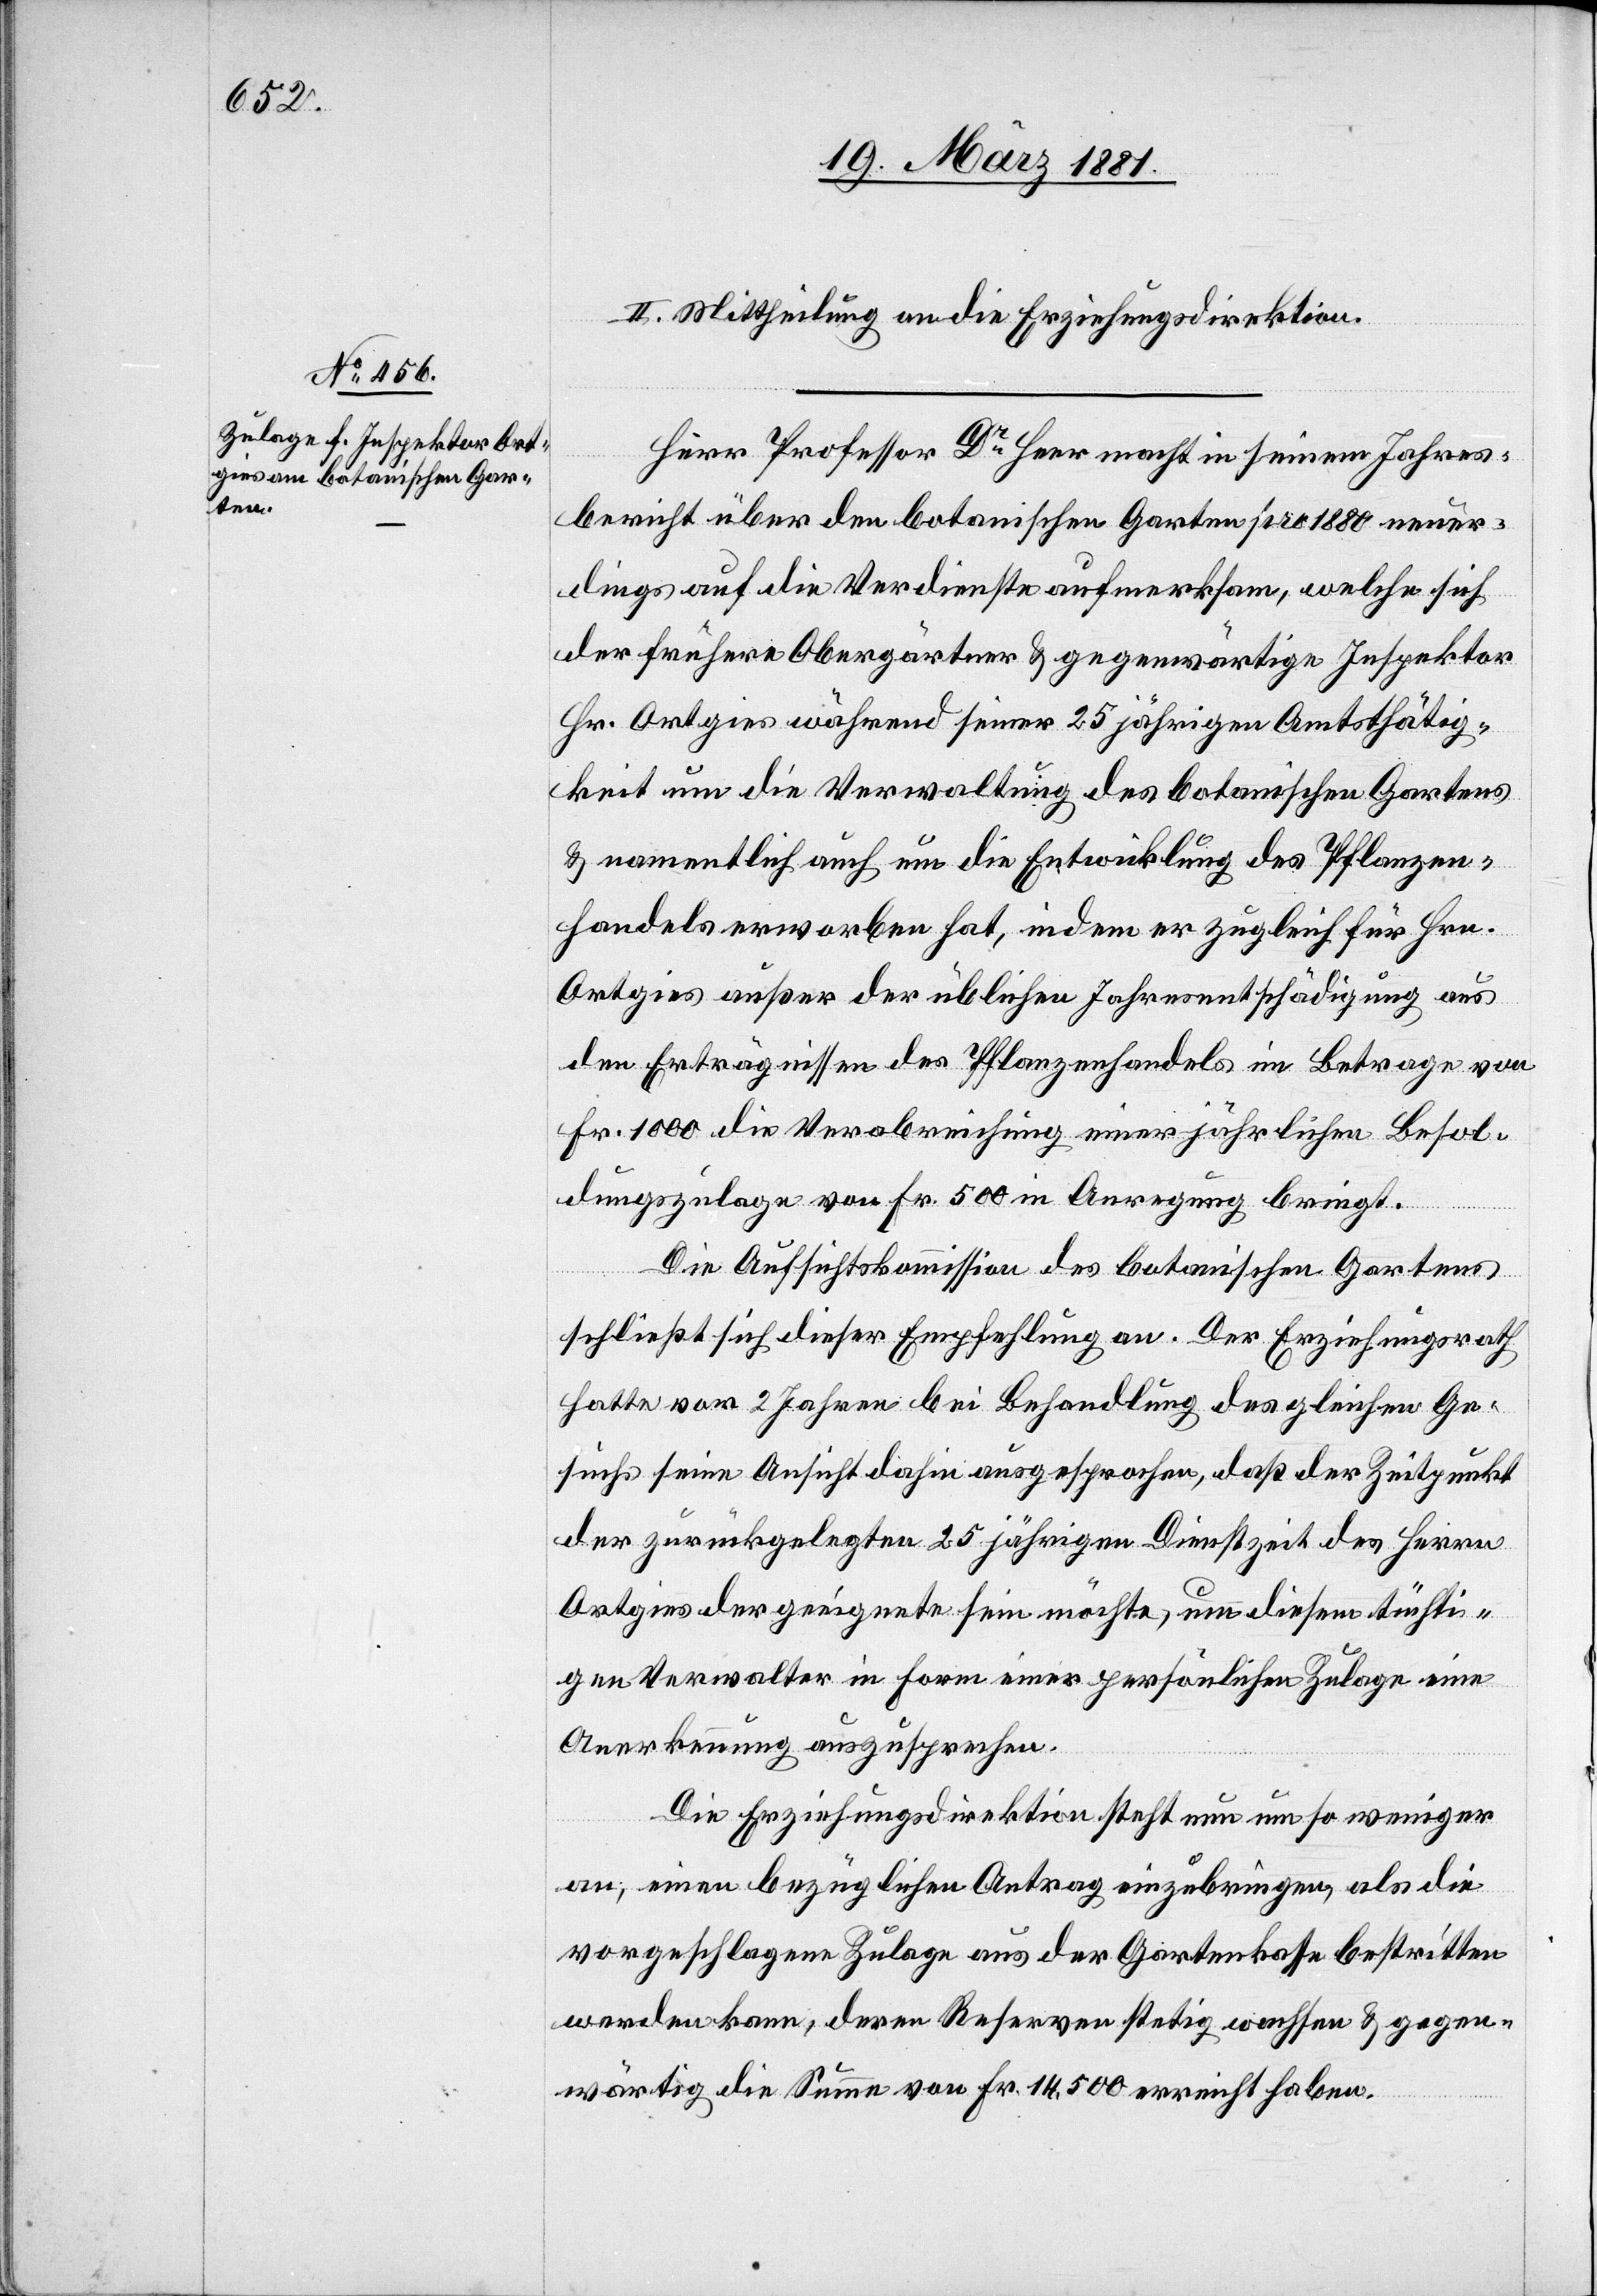
II. Mittheilung an die Erziehungsdirektion.
Herr Professor Dr Heer macht in seinem Jahres¬
bericht über den botanischen Garten pro 1880 neuer¬
dings auf die Verdienste aufmerksam, welche sich
der frühere Obergärtner & gegenwärtige Inspektor
Hr. Ortgies während seiner 25 jährigen Amtsthätig¬
keit um die Verwaltung des botanischen Gartens
& namentlich auch um die Entwicklung des Pflanzen¬
handels erworben hat, indem er zugleich für Hrn.
Ortgies außer der üblichen Jahresentschädigung aus
den Erträgnissen des Pflanzenhandles im Betrage von
Fr. 1000 die Verabreichung einer jährlichen Besol¬
dungszulage von Fr. 500 in Anregung bringt.
Die Aufsichtskommission des botanischen Gartens
schließt sich dieser Empfehlung an. Der Erziehungsrath
hatte vor 2 Jahren bei Behandlung des gleichen Ge¬
suchs seine Ansicht dahin ausgesprochen, daß der Zeitpunkt
der zurückgelegten 25 jährigen Dienstzeit des Herrn
Ortgies der geeignete sein möchte, um diesem tüchti¬
gen Verwalter in Form einer persönlichen Zulage eine
Anerkennung auszusprechen.
Die Erziehungsdirektion steht nun um so weniger
an, einen bezüglichen Antrag einzubringen, als die
vorgeschlagene Zulage aus der Gartenkasse bestritten
werden kann, deren Reserven stetig wachsen & gegen¬
wärtig die Summe von Fr. 14,500 erreicht haben.